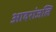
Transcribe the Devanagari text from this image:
आदरांजलि